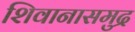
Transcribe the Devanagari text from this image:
शिवानासमुद्र